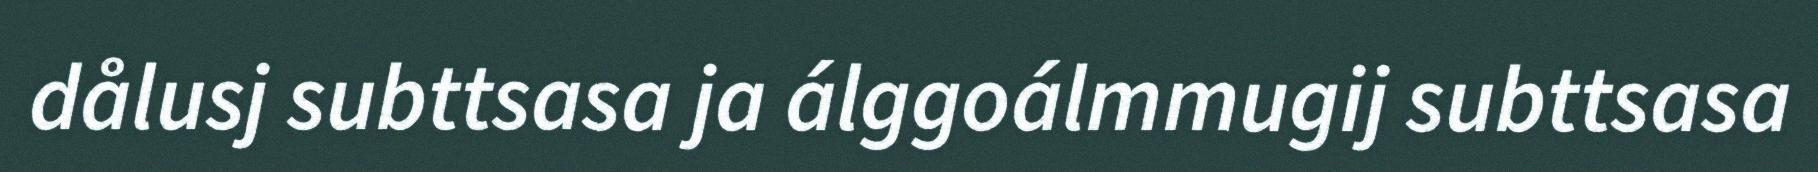
dålusj subttsasa ja álggoálmmugij subttsasa